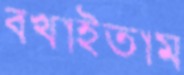
বখাইতাম